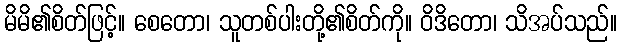
မိမိ၏စိတ်ဖြင့်။ စေတော၊ သူတစ်ပါးတို့၏စိတ်ကို။ ဝိဒိတော၊ သိအပ်သည်။